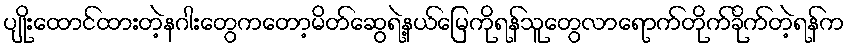
ပျိုးထောင်ထားတဲ့နဂါးတွေကတော့မိတ်ဆွေရဲ့နယ်မြေကိုရန်သူတွေလာရောက်တိုက်ခိုက်တဲ့ရန်က